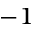
^ { - 1 }